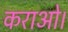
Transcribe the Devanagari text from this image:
कराओ।